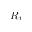
R _ { t }